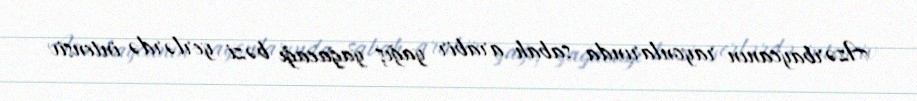
Azərbaycanın rayonlarında sabah arabir yağış yağacağı bəzi yerlərdə intensiv